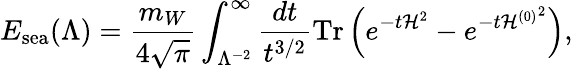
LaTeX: E_{\mathrm{sea}}(\Lambda)={\frac{m_{W}}{4\sqrt{\pi}}}\int_{\Lambda^{-2}}^{\infty}{\frac{dt}{t^{3/2}}}\mathrm{Tr}\left(e^{-t{\cal H}^{2}}-e^{-t{{\cal H}^{(0)}}^{2}}\right),